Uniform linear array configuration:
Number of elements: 32
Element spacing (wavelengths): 0.75
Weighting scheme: cosine
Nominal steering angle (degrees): -60
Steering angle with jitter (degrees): -59.876
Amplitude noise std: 0.05
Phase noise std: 0.05

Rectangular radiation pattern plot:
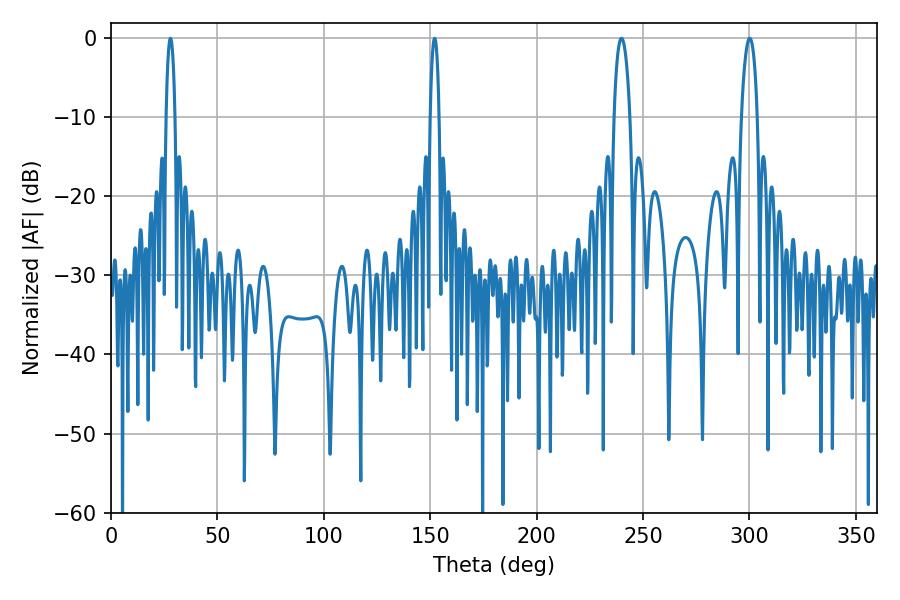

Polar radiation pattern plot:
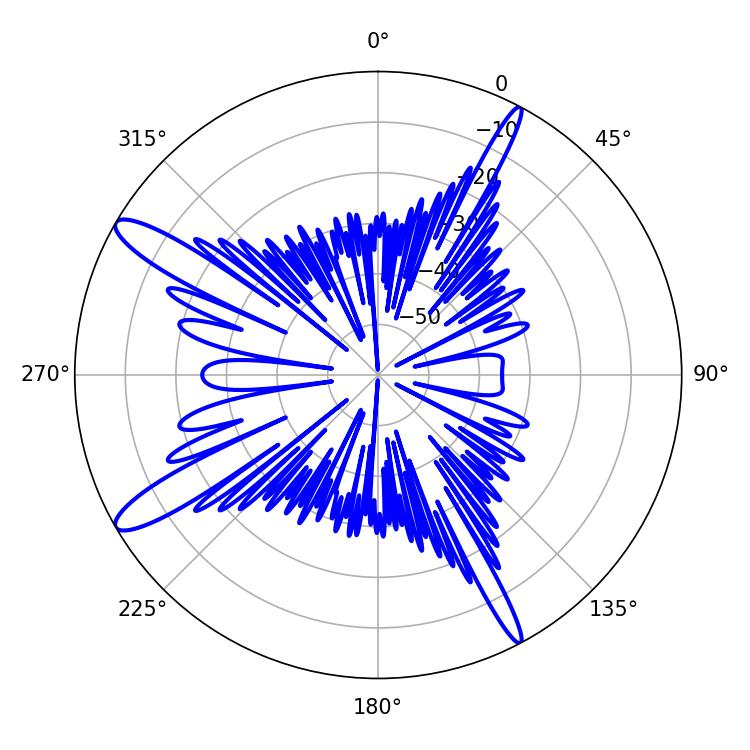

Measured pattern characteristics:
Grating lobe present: TRUE
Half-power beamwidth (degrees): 2.34
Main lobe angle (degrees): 27.9